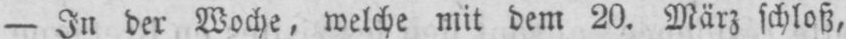
- In der Woche, welche mit dem 20. März schloß,